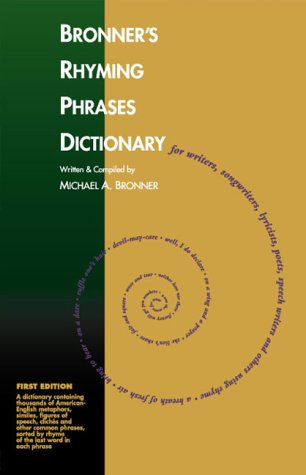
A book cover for Bronner's Rhyming Phrases Dictionary; Michael A. Bronner; Reference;